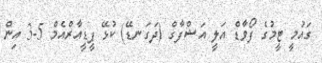
ގައުމީ ޓީމުގެ ފޯވާޑް އަލީ އަޝްފާގް (ދަގަނޑޭ) ކުޅޭ ޕީޑީއާރްއެމް 5-3 އިން